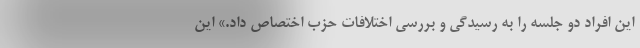
این افراد دو جلسه را به رسیدگی و بررسی اختلافات حزب اختصاص داد.» این